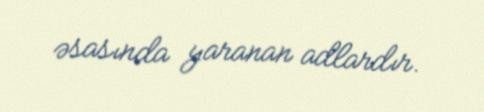
əsasında yaranan adlardır.